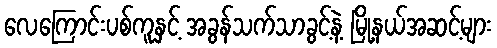
လေကြောင်းပစ်ကူနှင့် အခွန်သက်သာခွင့်နဲ့ မြို့နယ်အဆင့်များ